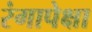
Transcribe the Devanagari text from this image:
रंगापेक्षा